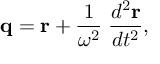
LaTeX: { \bf q } = { \bf r } + { \frac { 1 } { \omega ^ { 2 } } } \; { \frac { d ^ { 2 } { \bf r } } { d t ^ { 2 } } } ,